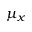
\mu _ { x }